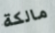
مالكة